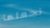
نجعلها